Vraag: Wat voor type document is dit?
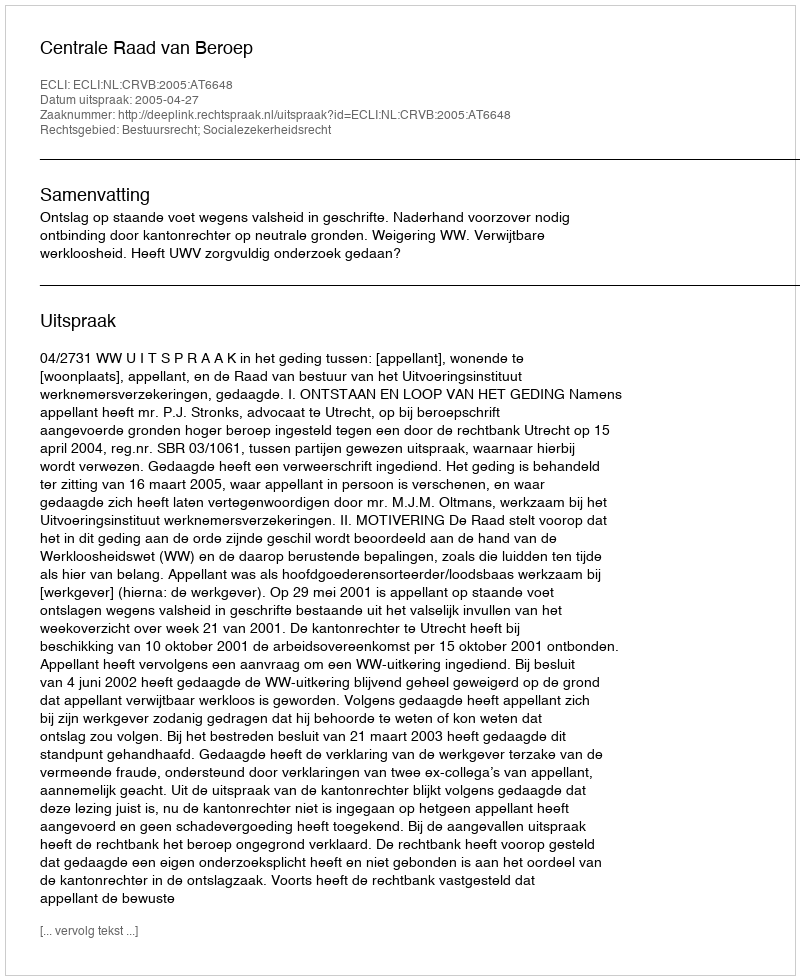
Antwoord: Uitspraak